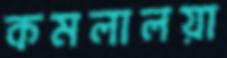
কমলালয়া